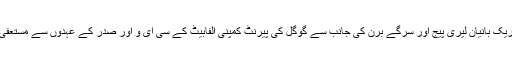
سندر پیچائی کو یہ عہدہ گوگل کے شریک بانیان لیری پیج اور سرگے برن کی جانب سے گوگل کی پیرنٹ کمپنی الفابیٹ کے سی ای و اور صدر کے عہدوں سے مستعفی ہونے کے اعلان کے بعد دیا گیا ہے۔